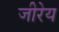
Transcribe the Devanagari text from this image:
जीरेय